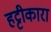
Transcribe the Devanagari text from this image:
हट्टीकारा